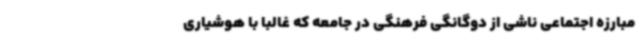
مبارزه اجتماعی ناشی از دوگانگی فرهنگی در جامعه که غالبا با هوشیاری